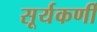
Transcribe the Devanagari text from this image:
सूर्यकर्णी